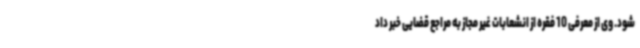
شود. وی از معرفی 10 فقره از انشعابات غیر مجاز به مراجع قضایی خبر داد